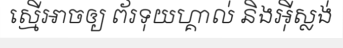
ស្មើអាចឲ្យ ព័រទុយហ្គាល់ និងអ៊ីស្លង់